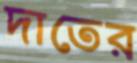
দাতের